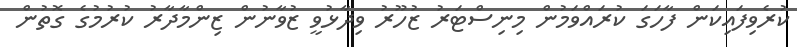
ކުރެވިފައިކަން ފާހަގަ ކުރައްވަމުން މިނިސްޓަރު ޒުހޫރު ވިދާޅުވީ ޒުވާނުން ޒިންމާދާރު ކުރުމުގެ ގޮތުން